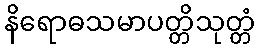
နိရောဓသမာပတ္တိသုတ္တံ